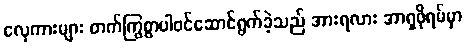
လှေကားများ တက်ကြွစွာပါဝင်ဆောင်ရွက်ခဲ့သည် အားရလား အာရှဖိုရမ်မှာ